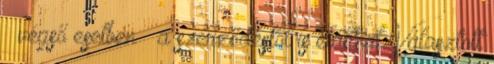
– végső esetben – a szerződéstől is elállhat. Választott